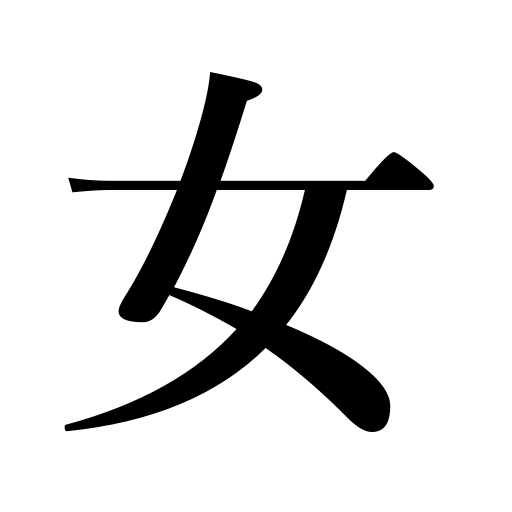
Meanings: woman,daughter,girl,sweetheart,female